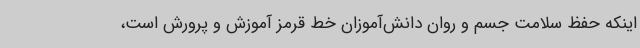
اینکه حفظ سلامت جسم و روان دانش‌آموزان خط قرمز آموزش و پرورش است،